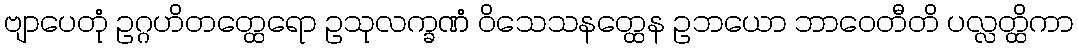
ဗျာပေတုံ ဥဂ္ဂဟိတတ္ထေရော ဥသုလက္ခဏံ ဝိသေသနတ္ထေန ဥဘယော ဘာဝေတီတိ ပလ္လတ္ထိကာ